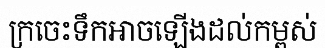
ក្រចេះទឹកអាចឡើងដល់កម្ពស់